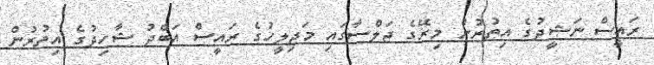
ރައީސް ނަޝީދުގެ އިތުރުން މިރޭގެ ޖަލްސާގައި މަޖިލީހުގެ ރައީސް އަބްދު ޝާހިދުގެ އިތުރުން